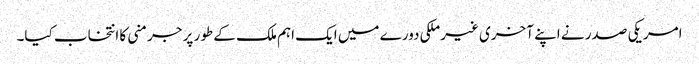
امریکی صدر نے اپنے آخری غیرملکی دورے میں ایک اہم ملک کے طور پر جرمنی کا انتخاب کیا۔